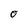
Character: O